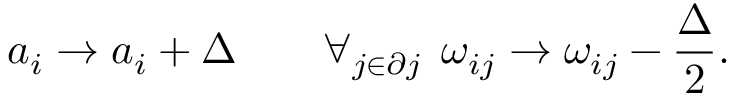
a _ { i } \to a _ { i } + \Delta \qquad \forall _ { j \in \partial j } \: \: \omega _ { i j } \to \omega _ { i j } - \frac \Delta 2 .